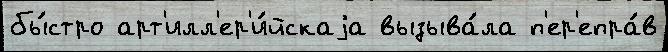
бы́стро арт'илл'ер'и́йскаjа вызыва́ла п'ер'епра́в